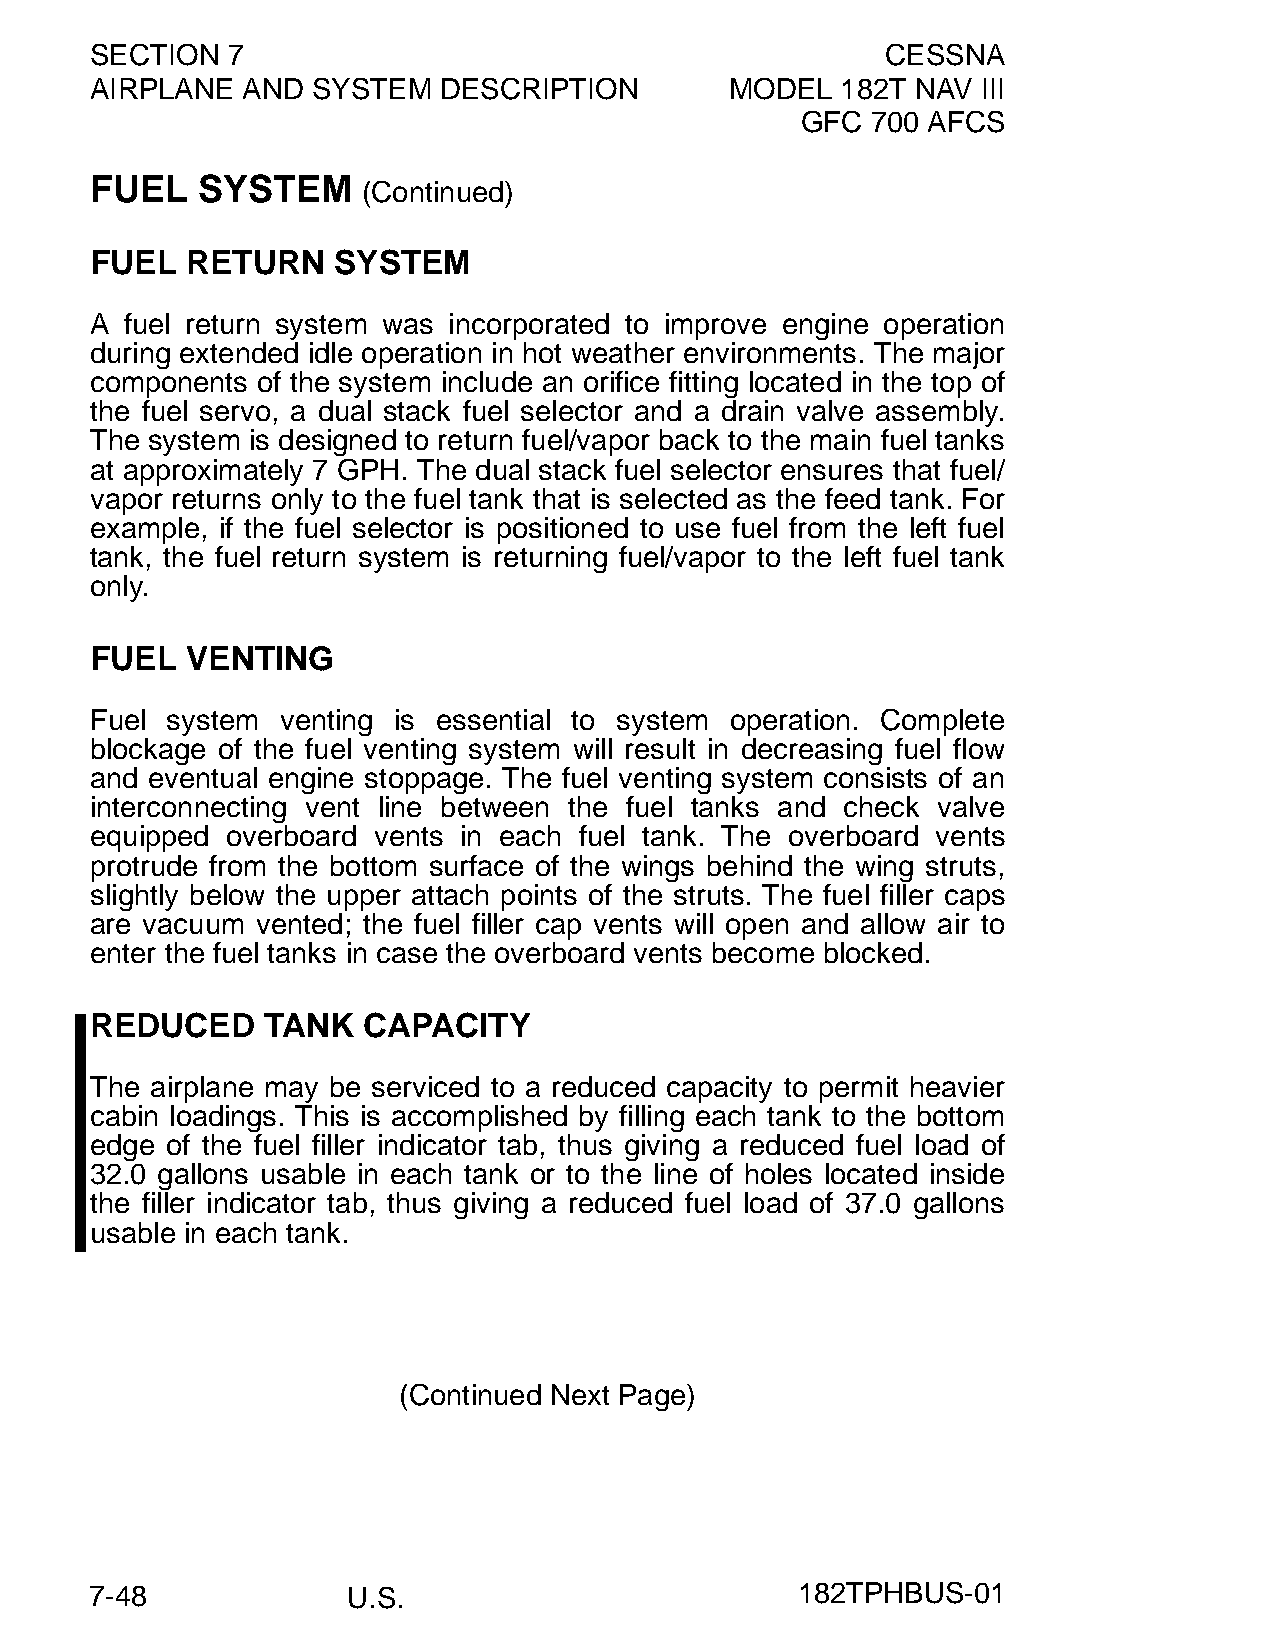
SECTION  7                                           CESSNA
 AIRPLANE  AND  SYSTEM  DESCRIPTION        MODEL   182T NAV III
 GFC  700 AFCS
 FUEL   SYSTEM
 (Continued)
 FUEL  RETURN    SYSTEM
 A fuel return system was incorporated to improve engine operation
 during extended idle operation in hot weather environments. The major
 components of the system include an orifice fitting located in the top of
 the fuel servo, a dual stack fuel selector and a drain valve assembly.
 The system is designed to return fuel/vapor back to the main fuel tanks
 at approximately 7 GPH. The dual stack fuel selector ensures that fuel/
 vapor returns only to the fuel tank that is selected as the feed tank. For
 example, if the fuel selector is positioned to use fuel from the left fuel
 tank, the fuel return system is returning fuel/vapor to the left fuel tank
 only.
 FUEL  VENTING
 Fuel system  venting is essential to system operation. Complete
 blockage of the fuel venting system will result in decreasing fuel flow
 and eventual engine stoppage. The fuel venting system consists of an
 interconnecting vent line between the fuel tanks and check valve
 equipped overboard vents in each fuel tank. The overboard vents
 protrude from the bottom surface of the wings behind the wing struts,
 slightly below the upper attach points of the struts. The fuel filler caps
 are vacuum vented; the fuel filler cap vents will open and allow air to
 enter the fuel tanks in case the overboard vents become blocked.
 REDUCED    TANK   CAPACITY
 The airplane may be serviced to a reduced capacity to permit heavier
 cabin loadings. This is accomplished by filling each tank to the bottom
 edge of the fuel filler indicator tab, thus giving a reduced fuel load of
 32.0 gallons usable in each tank or to the line of holes located inside
 the filler indicator tab, thus giving a reduced fuel load of 37.0 gallons
 usable in each tank.
 (Continued Next Page)
 7-48             U.S.                          182TPHBUS-01